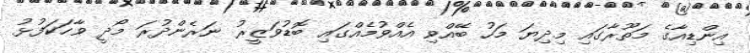
އިންޑިއާގެ މަތޫރާގައި މިދިޔަ މަހު ބޭއްވި އެއްވުމެއްގައި ބޮޑުވަޒީރު ނަރެންދުރަ މޯދީ ވާހަކަފުޅު